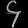
Digit: ၄